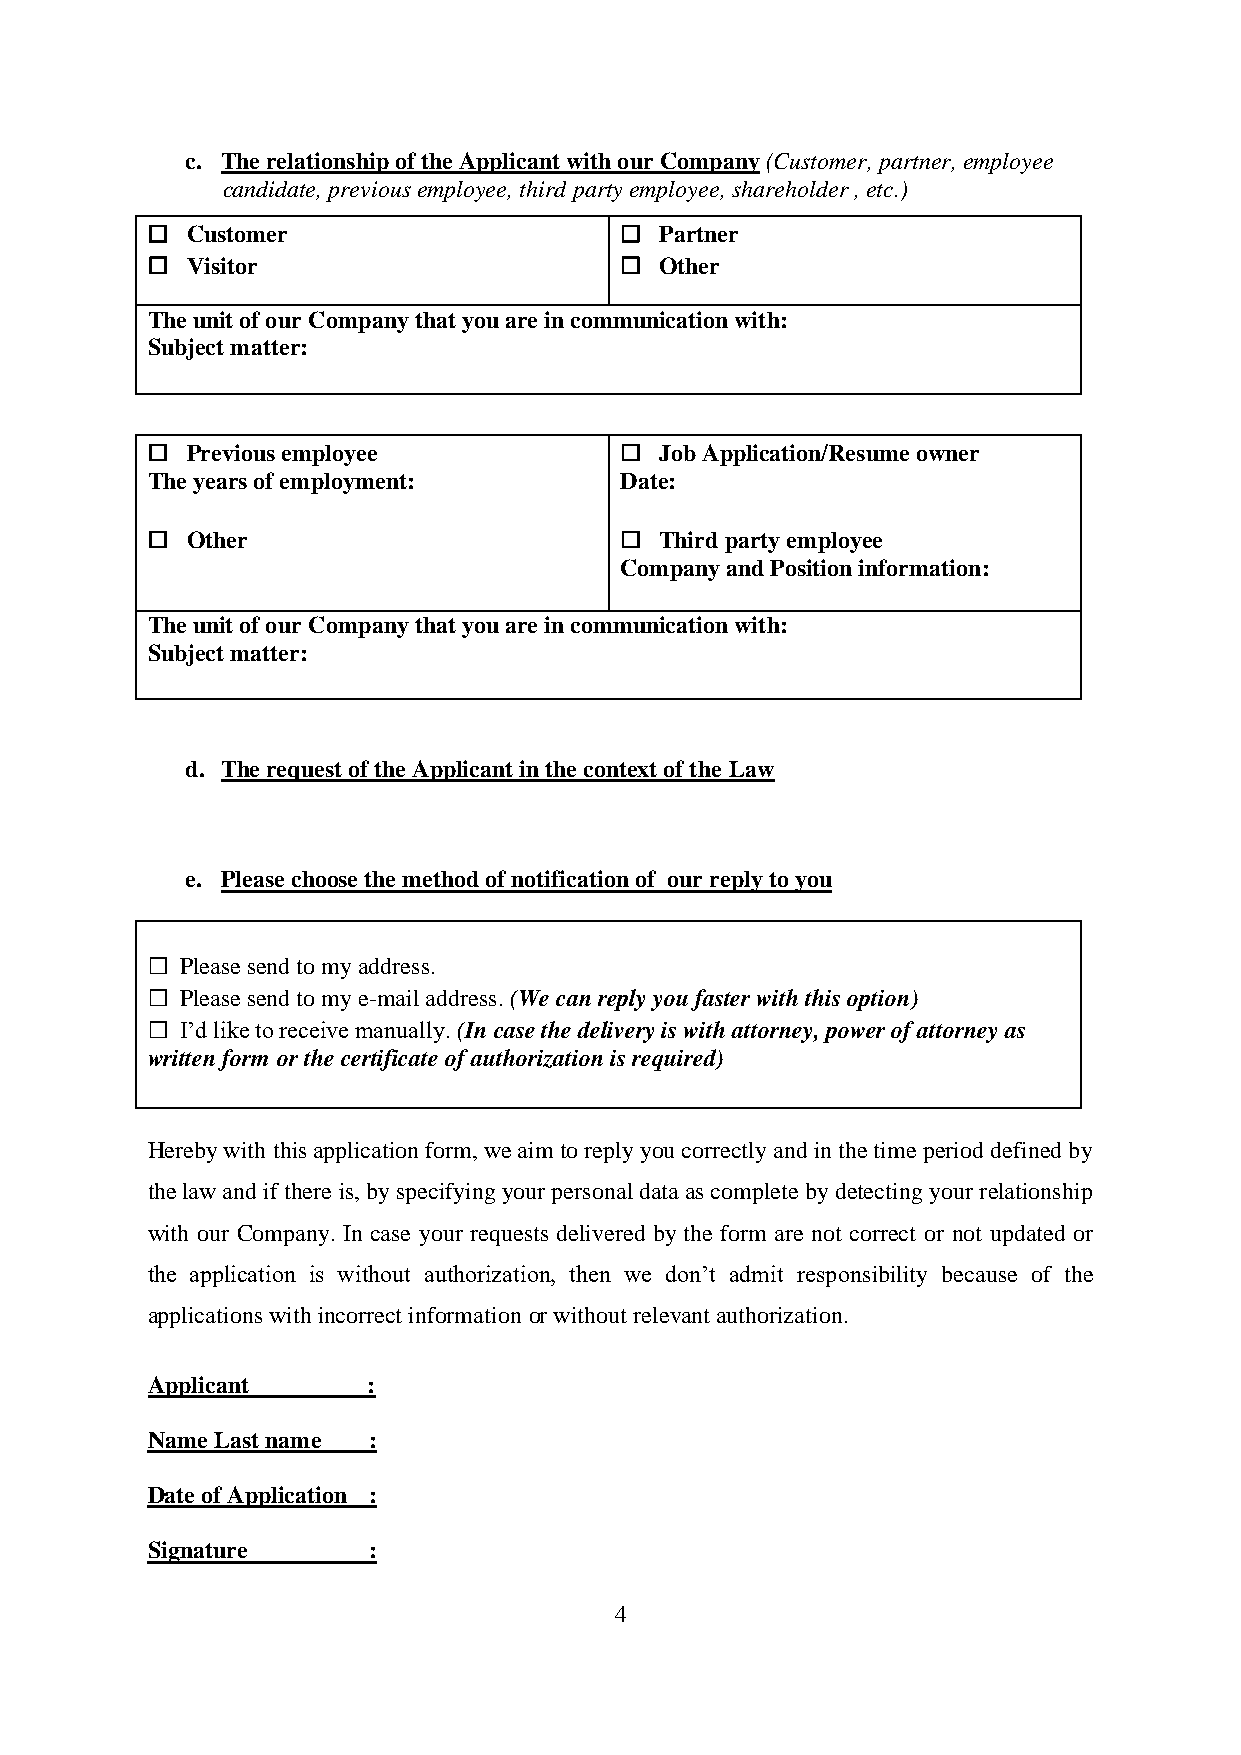
c. The relationship of the Applicant with our Company (Customer, partner, employee
 candidate, previous employee, third party employee, shareholder , etc.)
 ☐ Customer                     ☐  Partner
 ☐ Visitor                      ☐  Other
 The unit of our Company that you are in communication with:
 Subject matter:
 ☐ Previous employee            ☐  Job Application/Resume owner
 The years of employment:       Date:
 ☐ Other                        ☐  Third party employee
 Company and Position information:
 The unit of our Company that you are in communication with:
 Subject matter:
 d. The request of the Applicant in the context of the Law
 e. Please choose the method of notification of our reply to you
 ☐ Please send to my address.
 ☐ Please send to my e-mail address. (We can reply you faster with this option)
 ☐ I’d like to receive manually. (In case the delivery is with attorney, power of attorney as
 written form or the certificate of authorization is required)
 Hereby with this application form, we aim to reply you correctly and in the time period defined by
 the law and if there is, by specifying your personal data as complete by detecting your relationship
 with our Company. In case your requests delivered by the form are not correct or not updated or
 the application is without authorization, then we don’t admit responsibility because of the
 applications with incorrect information or without relevant authorization.
 Applicant     :
 Name Last name :
 Date of Application :
 Signature     :
 4